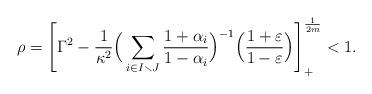
LaTeX: \begin{align*}\rho =\left[\Gamma^2 -\frac{1}{\kappa^2}\Big(\sum_{i\in I\smallsetminus J}\frac{1+\alpha_i}{1-\alpha_i}\Big)^{-1}\Big(\frac{1 +\varepsilon}{1 -\varepsilon}\Big)\right]_+^{\frac{1}{2m}} <1.\end{align*}